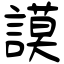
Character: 謨